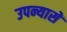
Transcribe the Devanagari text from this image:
उपन्यासें